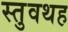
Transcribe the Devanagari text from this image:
स्तुवथह